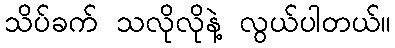
သိပ်ခက် သလိုလိုနဲ့ လွယ်ပါတယ်။